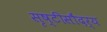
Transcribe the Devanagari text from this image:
सृष्टीसौंदर्य